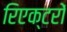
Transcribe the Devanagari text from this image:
रिएक्‍टरों